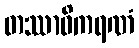
တဿာဓိကရဏံ